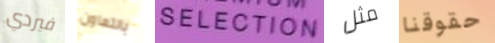
فيردي بالتعاون SELECTION مثل حقوقنا